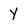
Character: Y